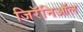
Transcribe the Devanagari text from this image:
जिरॅनिऑल